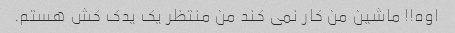
اوه!! ماشین من کار نمی کند من منتظر یک یدک کش هستم.